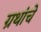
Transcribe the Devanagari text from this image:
ग्रथांचे